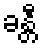
ခန္တီ